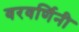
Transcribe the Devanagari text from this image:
वरवर्णिनी